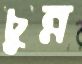
চুন্ন